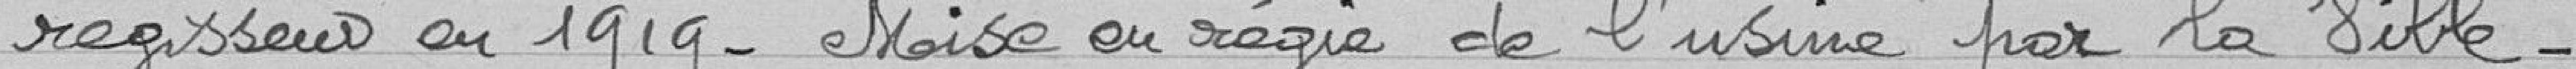
régisseur en 1919. Mise en régie de l'usine par la Ville.